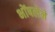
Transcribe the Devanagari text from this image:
भोंषलेने